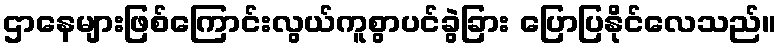
ဌာနေများဖြစ်ကြောင်းလွယ်ကူစွာပင်ခွဲခြား ပြောပြနိုင်လေသည်။